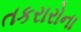
તકરારોના